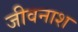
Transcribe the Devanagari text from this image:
जीवनाश